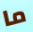
ما